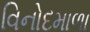
વિનોદમાળા